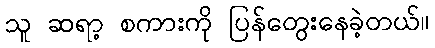
သူ ဆရာ့ စကားကို ပြန်တွေးနေခဲ့တယ်။